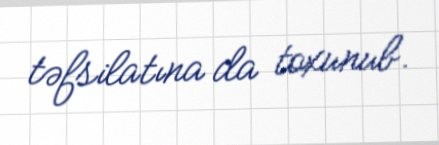
təfsilatına da toxunub.